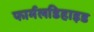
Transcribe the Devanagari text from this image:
फार्मलडिहाइड